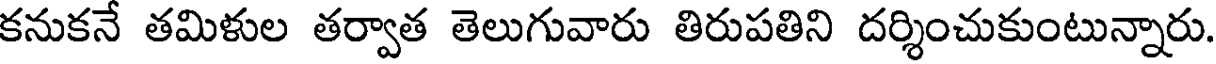
కనుకనే తమిళుల తర్వాత తెలుగువారు తిరుపతిని దర్శించుకుంటున్నారు.